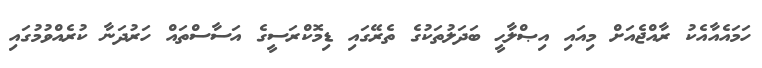
ހަމައެއާއެކު ރާއްޖެއަށް މިއައި އިޞްލާޙީ ބަދަލުތަކުގެ ތެރޭގައި ޑިމޮކްރަސީގެ އަސާސްތައް ހަރުދަނާ ކުރެއްވުމުގައި